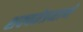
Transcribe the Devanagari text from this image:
शक्यतेप्रमाणे